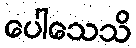
ပေါသေသိ